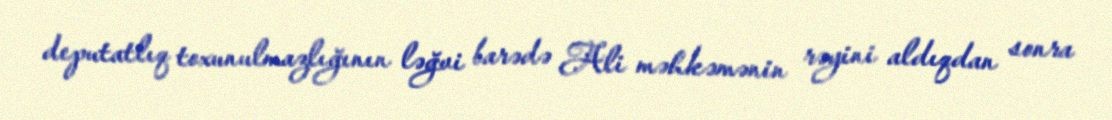
deputatlıq toxunulmazlığının ləğvi barədə Ali məhkəmənin rəyini aldıqdan sonra